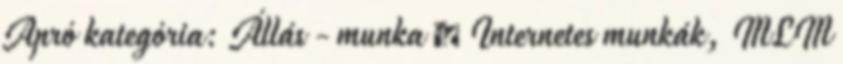
Apró kategória: Állás - munka » Internetes munkák, MLM